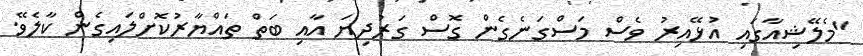
"މެލޭޝިއާގައި އުޅޭއިރު ވެސް މަސްގަނެެގެން ގޮސް ގަރުދިޔަ އާއި ބަތް ތައްޔާރުކޮށްލައިގެން ކާލެވޭ.